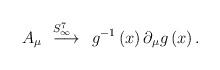
LaTeX: \begin{align*}A_{\mu }\stackrel{\;\;S_{\infty }^{7}\quad }{\longrightarrow }g^{-1}\left(x\right) \partial _{\mu }g\left( x\right) .\end{align*}